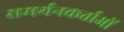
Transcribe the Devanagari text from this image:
समर्थनकर्ताओं